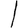
Digit: 1